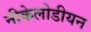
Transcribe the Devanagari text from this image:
नीकेलोडीयन